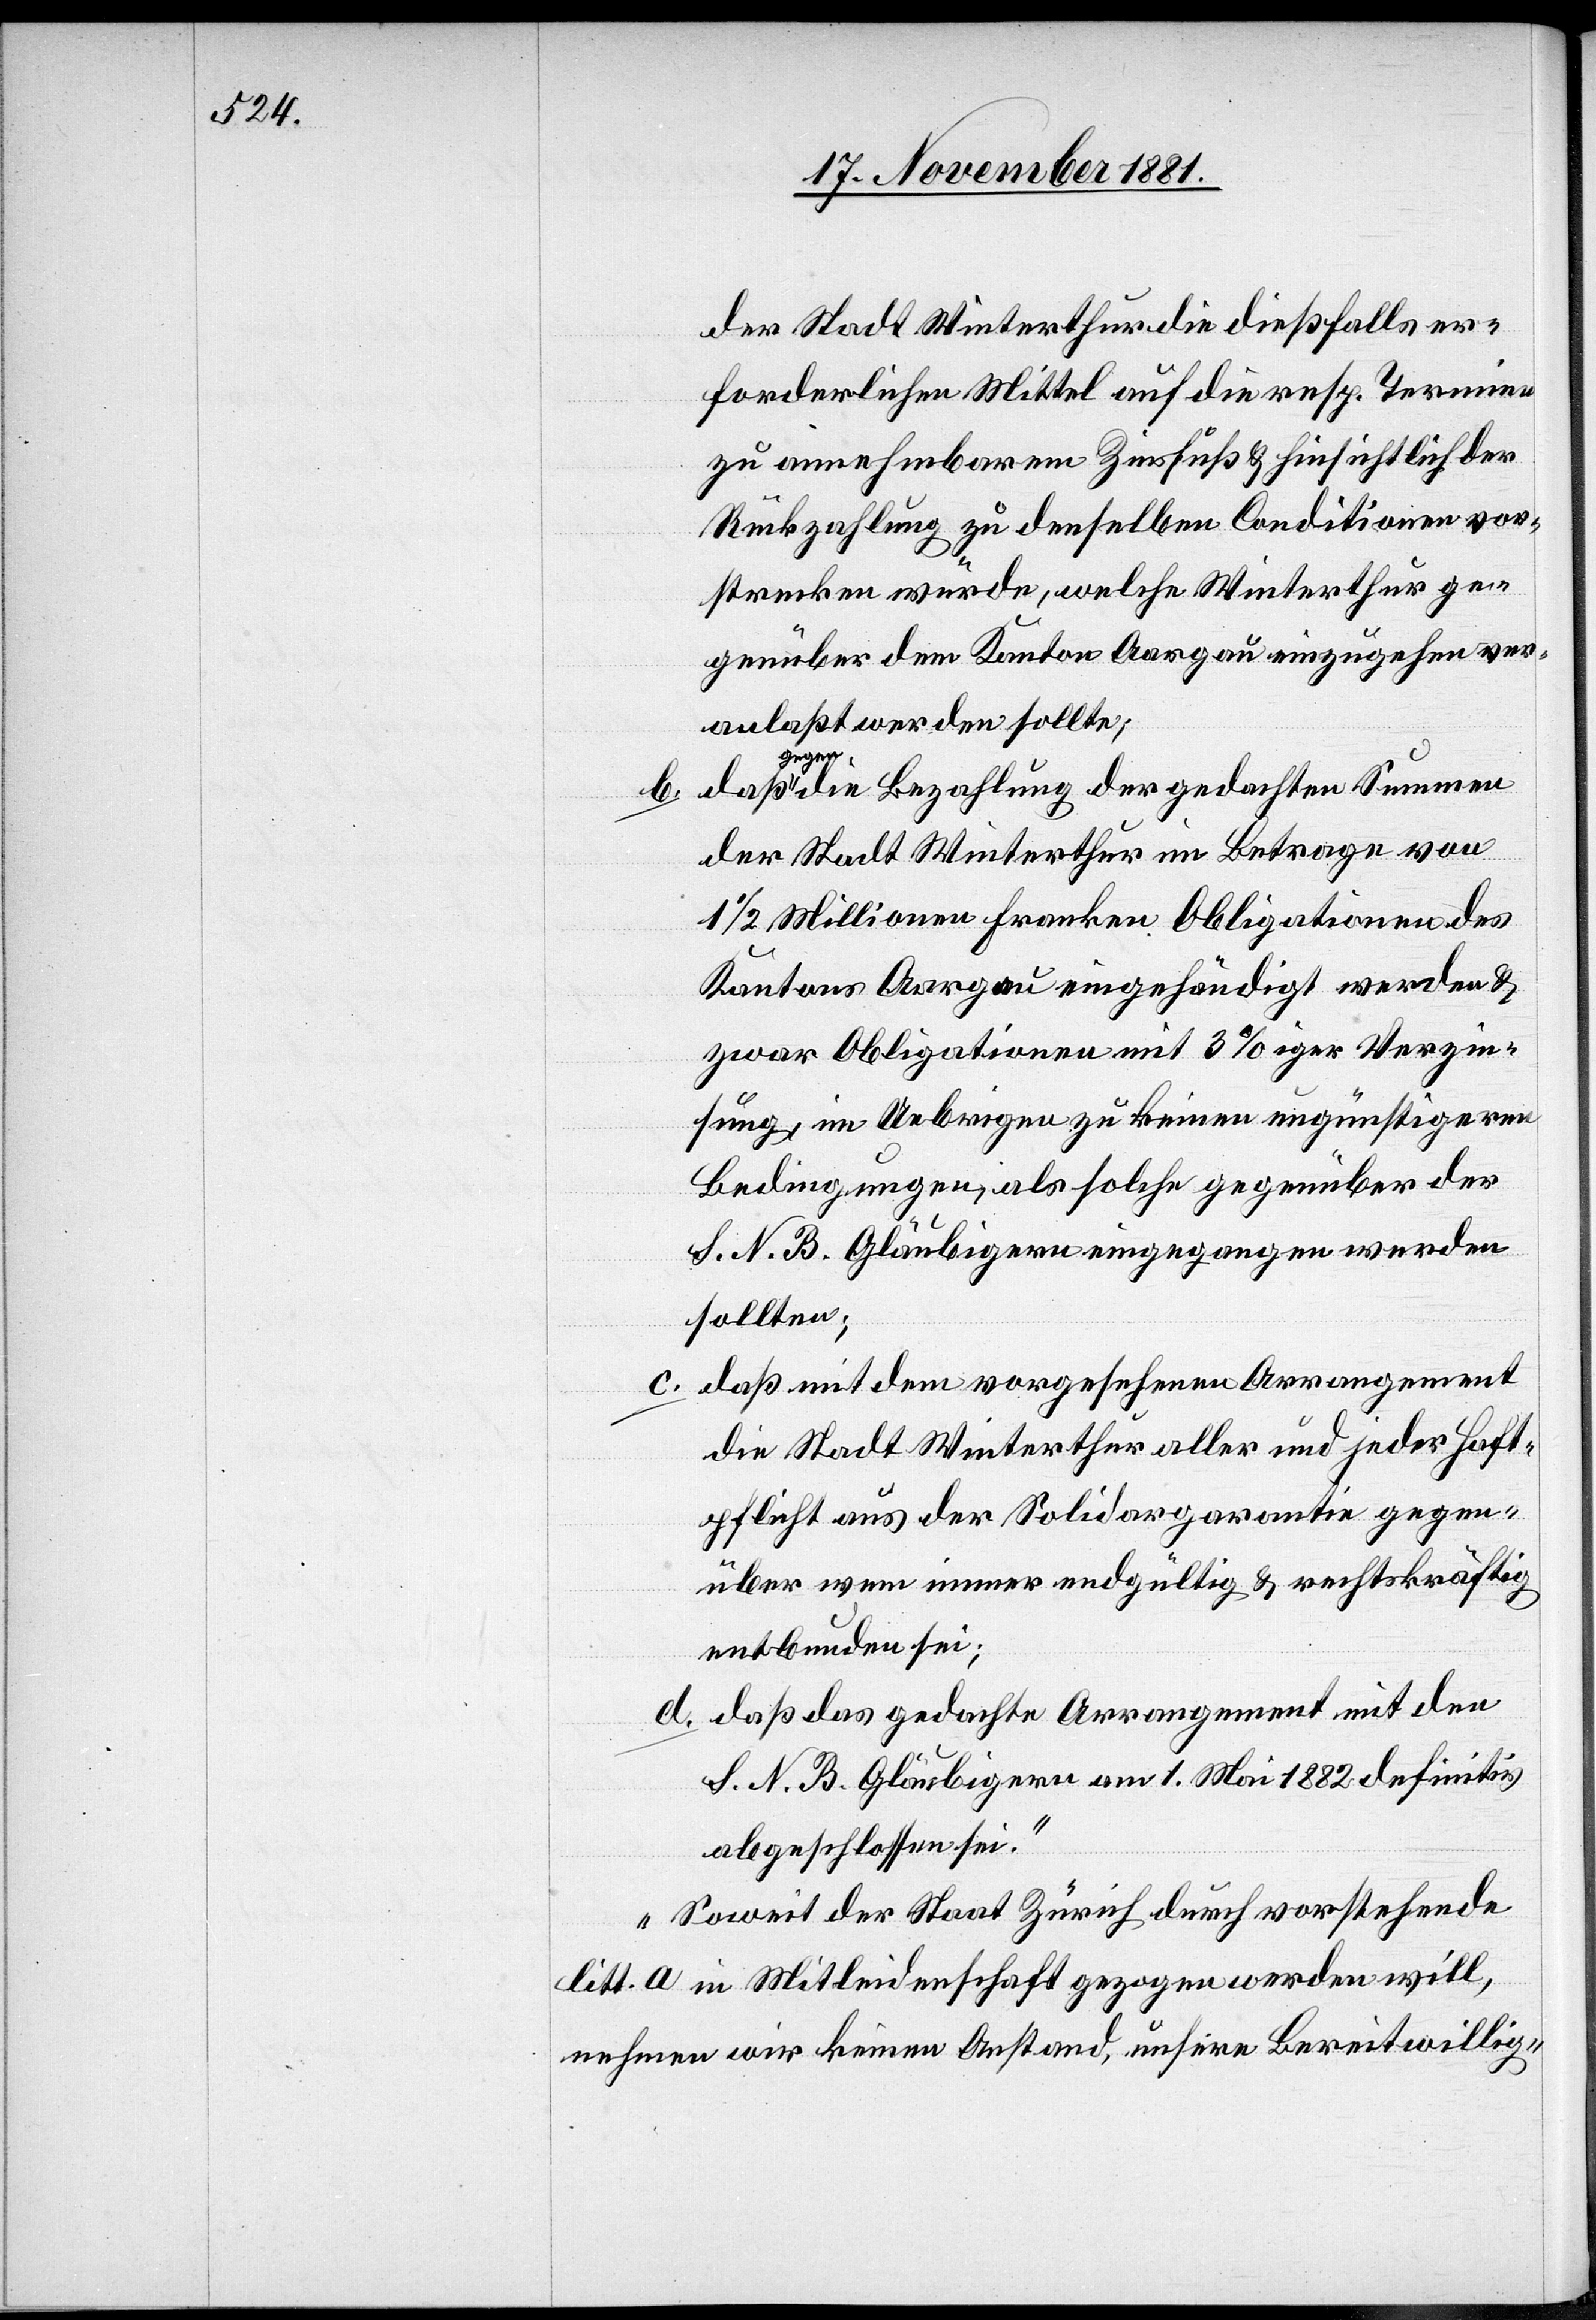
der Stadt Winterthur für die dießfalls er¬
forderlichen Mittel auf die resp. Termine
zu annehmbaren Zinsfuß & hinsichtlich der
Rückzahlung zu denselben Conditionen vor¬
strecken würde, welche Winterthur ge¬
genüber dem Kanton Aargau einzugehen ver¬
anlaßt werden sollte;
b. daß gegen die Bezahlung der gedachten Summen
der Stadt Winterthur im Betrage von
1 1/2 Millionen Franken Obligationen des
Kantons Aargau eingehändigt werden &
zwar Obligationen mit 3% iger Verzin¬
sung, im Uebrigen zu keinen ungünstigeren
Bedingungen, als solche gegenüber der
S. N. B. Gläubigern eingegangen werden
sollten;
c. daß mit dem vorgesehenen Arrangement
die Stadt Winterthur aller und jeder Haft¬
pflicht aus der Solidargarantie gegen¬
über wem immer endgültig & rechtskräftig
entbunden sei;
d. daß das gedachte Arrangement mit den
S. N. B. Gläubigern am 1. Mai 1882 definitiv
abgeschlossen sei.
Soweit der Staat Zürich durch vorstehende
litt. a in Mitleidenschaft gezogen werden will,
nehmen wir keinen Anstand, unsere Bereitwillig-